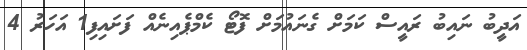
އަދީބު ނައިބު ރައީސް ކަމަށް ގެނައުމަށް ފޮޓޯ ކެމްޕެއިނެއް ފަށައިފި1 އަހަރު 4